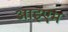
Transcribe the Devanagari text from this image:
आइएम